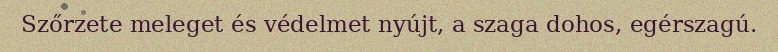
Szőrzete meleget és védelmet nyújt, a szaga dohos, egérszagú.